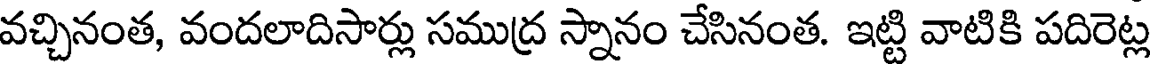
వచ్చినంత, వందలాదిసార్లు సముద్ర స్నానం చేసినంత. ఇట్టి వాటికి పదిరెట్ల